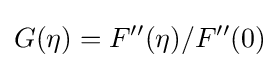
G(\eta )=F''(\eta )/F''(0)